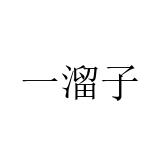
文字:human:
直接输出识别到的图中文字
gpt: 一溜子